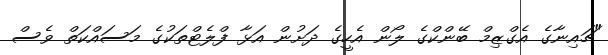
"ޗައިނާގެ އެގްޒިމް ބޭންކްގެ ލޯން އެހީގެ ދަށުން އަޅާ ފްލެޓްތަކުގެ މަސައްކަތް ވެސް